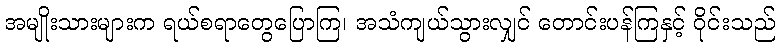
အမျိုးသားများက ရယ်စရာတွေပြောကြ၊ အသံကျယ်သွားလျှင် တောင်းပန်ကြနှင့် ဝိုင်းသည်